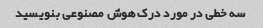
سه خطی در مورد درک هوش مصنوعی بنویسید